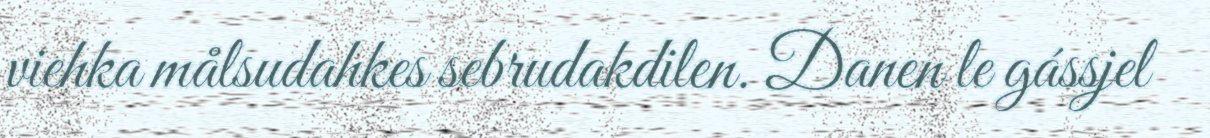
viehka målsudahkes sebrudakdilen. Danen le gássjel